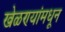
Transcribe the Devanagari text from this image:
खेळण्यांमधून